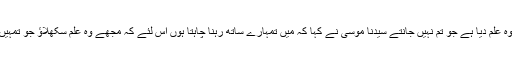
اور مجھے وہ علم دیا ہے جو تم نہیں جانتے سیدنا موسیٰؑ نے کہا کہ میں تمہارے ساتھ رہنا چاہتا ہوں اس لئے کہ مجھے وہ علم سکھلاؤ جو تمہیں دیا گیا ہے۔